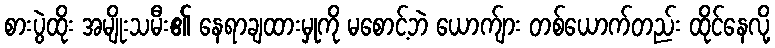
စားပွဲထိုး အမျိုးသမီး၏ နေရာချထားမှုကို မစောင့်ဘဲ ယောက်ျား တစ်ယောက်တည်း ထိုင်နေလို့